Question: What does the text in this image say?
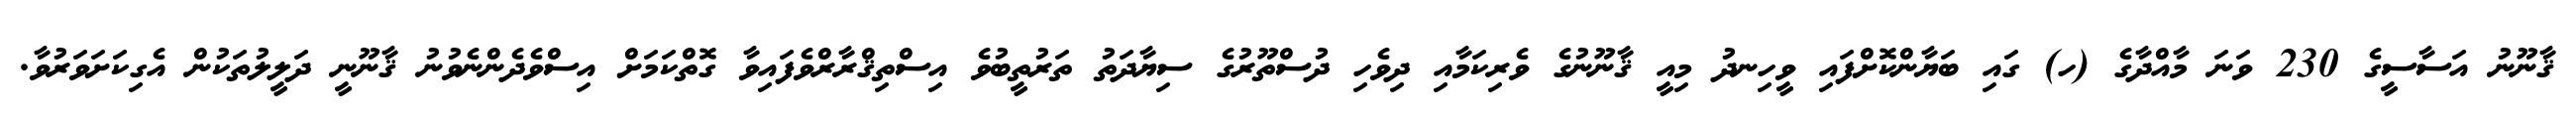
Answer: ޤާނޫނު އަސާސީގެ 230 ވަނަ މާއްދާގެ (ހ) ގައި ބަޔާންކޮށްފައި ވީހިނދު މިއީ ޤާނޫނުގެ ވެރިކަމާއި ދިވެހި ދުސްތޫރުގެ ސިޔާދަތު ތަރުތީބުވެ އިސްތިޤްރާރްވެފައިވާ ގޮތްކަމަށް އިސްވެދެންނެވުނު ޤާނޫނީ ދަލީލުތަކުން އެގިކަށަވަރުވާ.